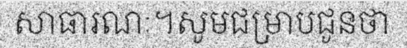
សាធារណៈ។សូមជម្រាបជូនថា